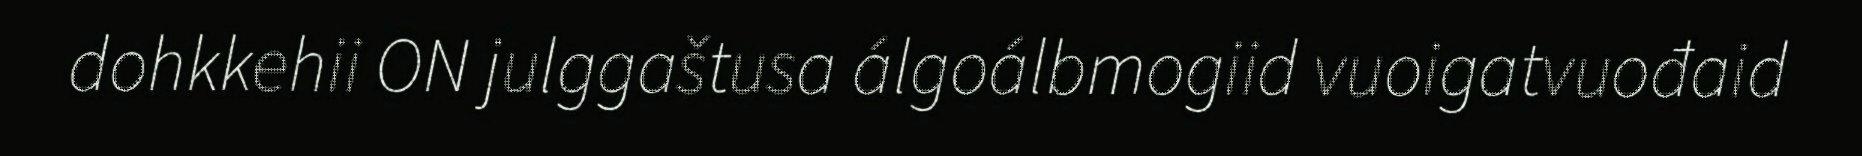
dohkkehii ON julggaštusa álgoálbmogiid vuoigatvuođaid